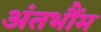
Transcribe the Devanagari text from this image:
अंतभौंम